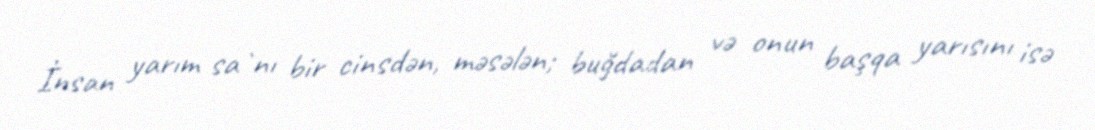
İnsan yarım sa`nı bir cinsdən, məsələn; buğdadan və onun başqa yarısını isə